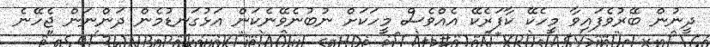
ދީނުން ބޭރުވެފައިވާ މީހެކޭ ކާފަރެކޭ އެއްވެސް މީހަކަށް ނުބުނެވޭނެކަން އަޅުގަނޑުމެން ދަންނަން ޖެހޭނެ